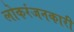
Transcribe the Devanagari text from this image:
लोकरंजनकारी